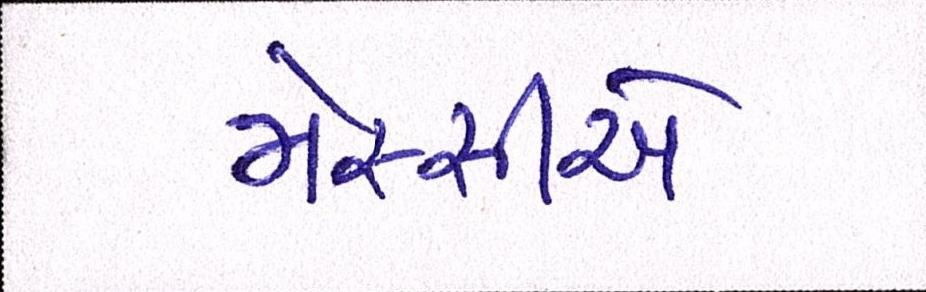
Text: મેસ્સીએ